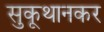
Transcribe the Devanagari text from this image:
सुकूथानकर